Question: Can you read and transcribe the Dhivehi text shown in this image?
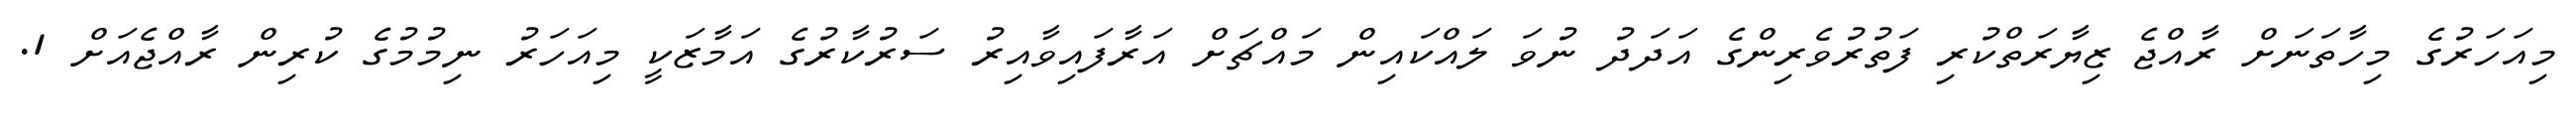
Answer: މިއަހަރުގެ މިހާތަނަށް ރާއްޖެ ޒިޔާރަތްކުރި ފަތުރުވެރިންގެ އަދަދު ނުވަ ލައްކައިން މައްޗަށް އަރާފައިވާއިރު ސަރުކާރުގެ އަމާޒަކީ މިއަހަރު ނިމުމުގެ ކުރިން ރާއްޖެއަށް 1.